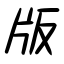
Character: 版